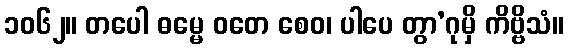
၁၀၆၂။ တပေါ ဓမ္မေ ဝတေ စေဝ၊ ပါပေ တွာ’ဂုမှိ ကိဗ္ဗိသံ။